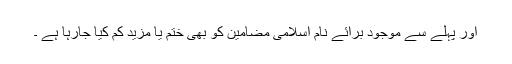
اور پہلے سے موجود برائے نام اسلامی مضامین کو بھی ختم یا مزید کم کیا جارہا ہے ۔